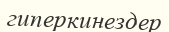
гиперкинездер